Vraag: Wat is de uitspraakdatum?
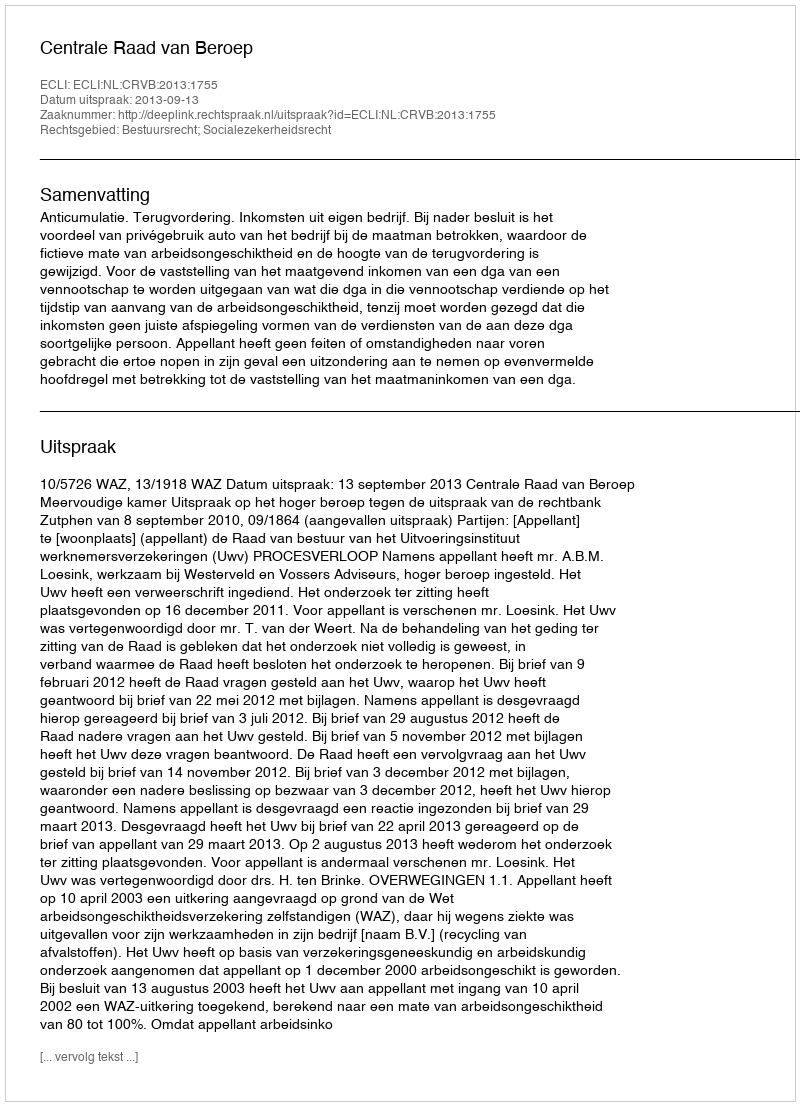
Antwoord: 2013-09-13